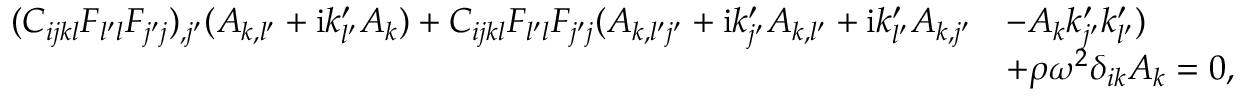
\begin{array} { r l } { ( C _ { i j k l } F _ { l ^ { \prime } l } F _ { j ^ { \prime } j } ) _ { , j ^ { \prime } } ( A _ { k , l ^ { \prime } } + \mathrm { i } k _ { l ^ { \prime } } ^ { \prime } A _ { k } ) + C _ { i j k l } F _ { l ^ { \prime } l } F _ { j ^ { \prime } j } ( A _ { k , l ^ { \prime } j ^ { \prime } } + \mathrm { i } k _ { j ^ { \prime } } ^ { \prime } A _ { k , l ^ { \prime } } + \mathrm { i } k _ { l ^ { \prime } } ^ { \prime } A _ { k , j ^ { \prime } } } & { - A _ { k } k _ { j ^ { \prime } } ^ { \prime } k _ { l ^ { \prime } } ^ { \prime } ) } \\ & { + \rho \omega ^ { 2 } \delta _ { i k } A _ { k } = 0 , } \end{array}